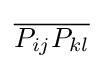
{\overline {P_{ij}P_{kl}}}